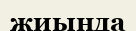
жиында